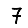
Digit: 7